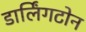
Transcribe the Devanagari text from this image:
डार्लिंगटोन